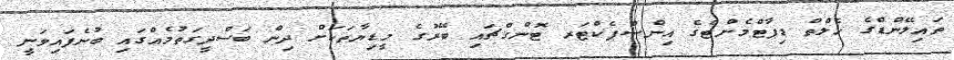
ތައިލޭންޑްގެ ހެލްތް ޑިޕާޓްމެންޓްގެ އިންސްޕެކްޓަރ ޓޮންގްޗައި ބޭރުގެ މީޑިޔާތަކަށް ދިން ބަސްދީގަތުމެއްގައި ބުނެފައިވަނީ